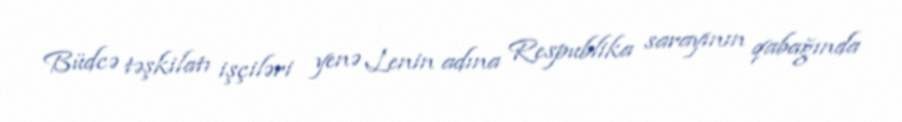
Büdcə təşkilatı işçiləri yenə Lenin adına Respublika sarayının qabağında